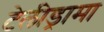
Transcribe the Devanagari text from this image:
टेलीड्रामा